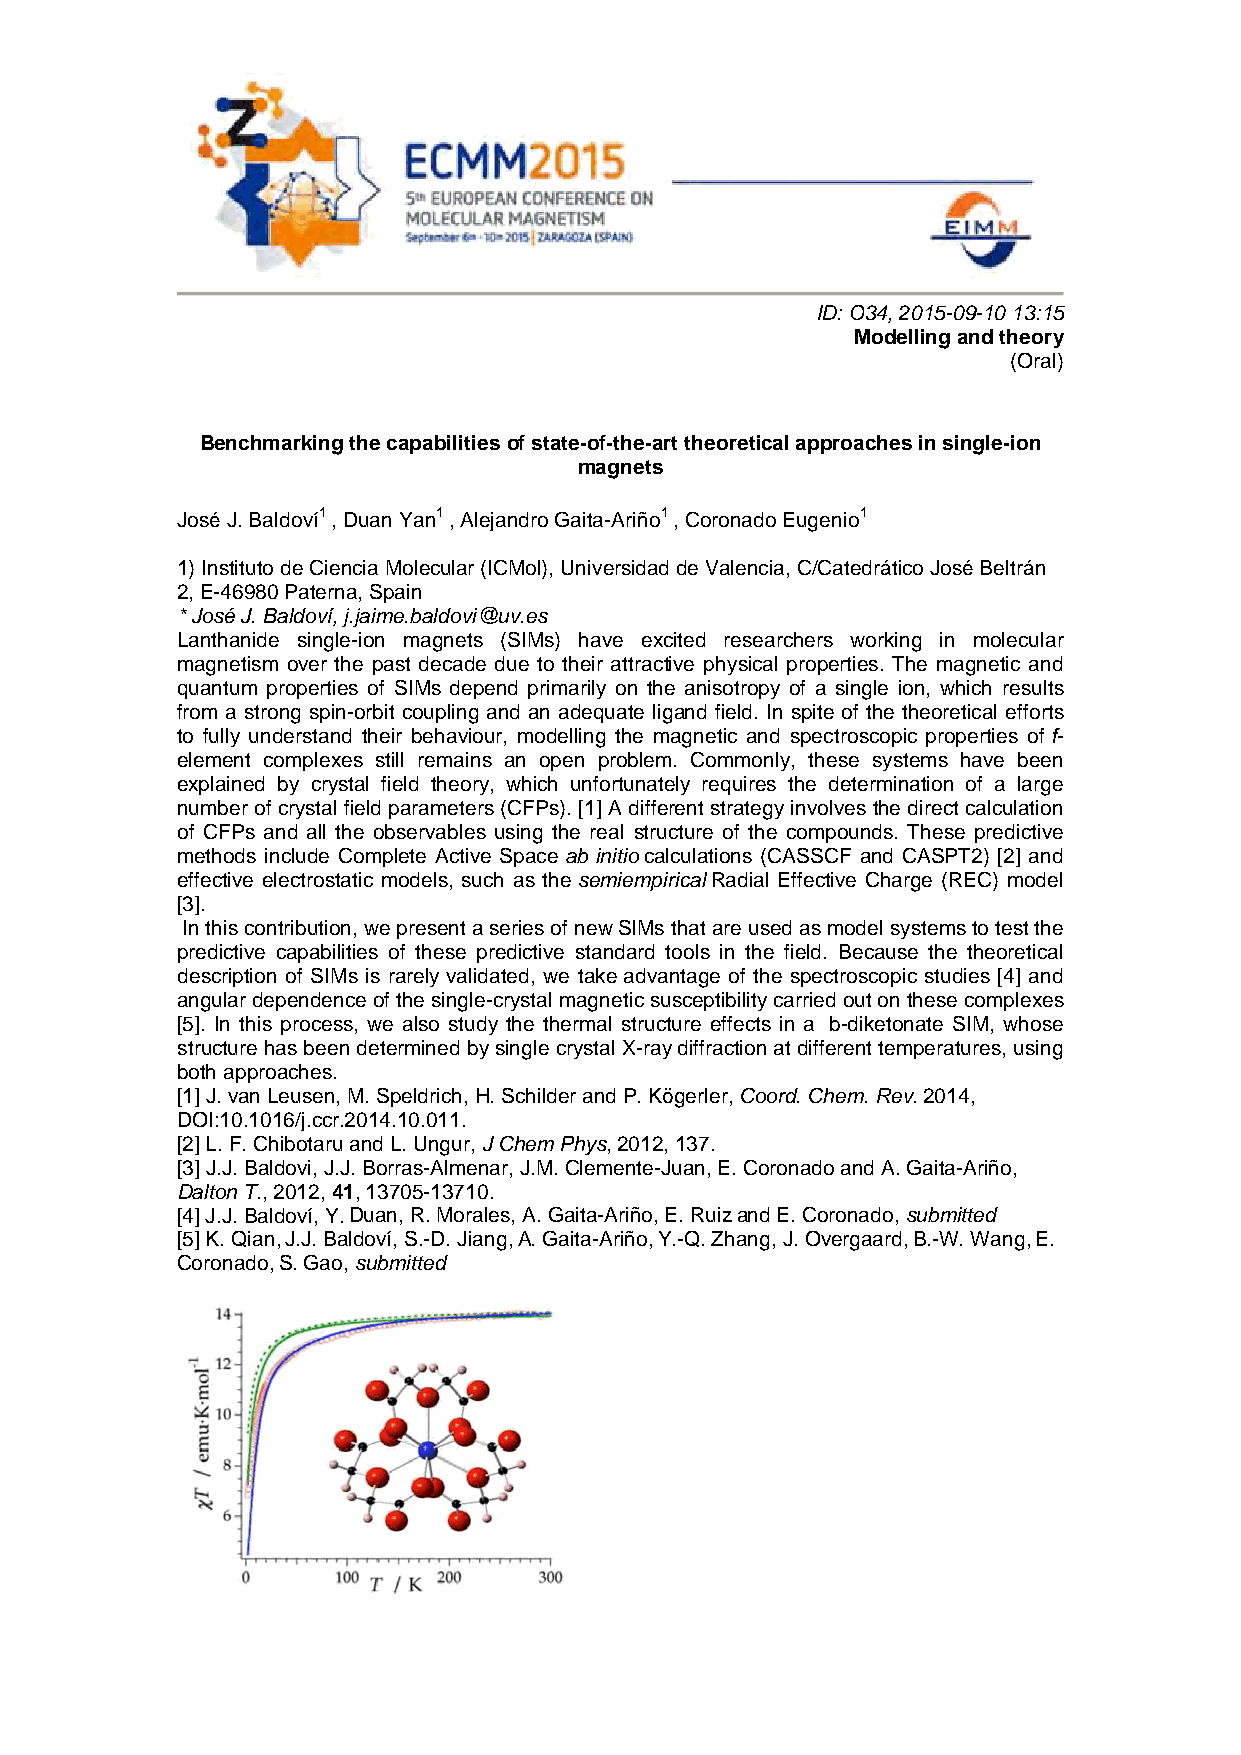
ID: O34, 2015-09-10 13:15
 Modelling and theory
 (Oral)
 Benchmarking the capabilities of state-of-the-art theoretical approaches in single-ion
 magnets
 José J. Baldoví1 , Duan Yan1 , Alejandro Gaita-Ariño1 , Coronado Eugenio1
 1) Instituto de Ciencia Molecular (ICMol), Universidad de Valencia, C/Catedrático José Beltrán
 2, E-46980 Paterna, Spain
 * José J. Baldoví, j.jaime.baldovi@uv.es
 Lanthanide single-ion magnets (SIMs) have excited researchers working in molecular
 magnetism over the past decade due to their attractive physical properties. The magnetic and
 quantum properties of SIMs depend primarily on the anisotropy of a single ion, which results
 from a strong spin-orbit coupling and an adequate ligand field. In spite of the theoretical efforts
 to fully understand their behaviour, modelling the magnetic and spectroscopic properties of f-
 element complexes still remains an open problem. Commonly, these systems have been
 explained by crystal field theory, which unfortunately requires the determination of a large
 number of crystal field parameters (CFPs). [1] A different strategy involves the direct calculation
 of CFPs and all the observables using the real structure of the compounds. These predictive
 methods include Complete Active Space ab initio calculations (CASSCF and CASPT2) [2] and
 effective electrostatic models, such as the semiempirical Radial Effective Charge (REC) model
 [3].
 In this contribution, we present a series of new SIMs that are used as model systems to test the
 predictive capabilities of these predictive standard tools in the field. Because the theoretical
 description of SIMs is rarely validated, we take advantage of the spectroscopic studies [4] and
 angular dependence of the single-crystal magnetic susceptibility carried out on these complexes
 [5]. In this process, we also study the thermal structure effects in a b-diketonate SIM, whose
 structure has been determined by single crystal X-ray diffraction at different temperatures, using
 both approaches.
 [1] J. van Leusen, M. Speldrich, H. Schilder and P. Kögerler, Coord. Chem. Rev. 2014,
 DOI:10.1016/j.ccr.2014.10.011.
 [2] L. F. Chibotaru and L. Ungur, J Chem Phys, 2012, 137.
 [3] J.J. Baldovi, J.J. Borras-Almenar, J.M. Clemente-Juan, E. Coronado and A. Gaita-Ariño,
 Dalton T., 2012, 41, 13705-13710.
 [4] J.J. Baldoví, Y. Duan, R. Morales, A. Gaita-Ariño, E. Ruiz and E. Coronado, submitted
 [5] K. Qian, J.J. Baldoví, S.-D. Jiang, A. Gaita-Ariño, Y.-Q. Zhang, J. Overgaard, B.-W. Wang, E.
 Coronado, S. Gao, submitted